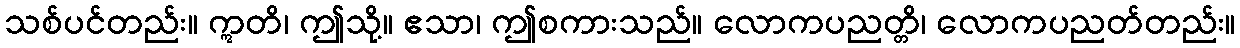
သစ်ပင်တည်း။ ဣတိ၊ ဤသို့။ ဧသာ၊ ဤစကားသည်။ လောကပညတ္တိ၊ လောကပညတ်တည်း။